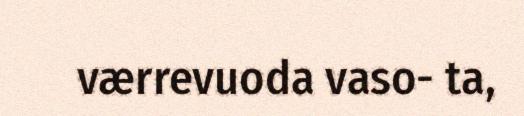
værrevuoda vaso- ta,